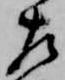
左